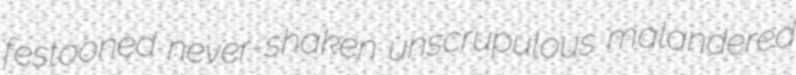
festooned never-shaken unscrupulous malandered